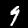
Digit: 9